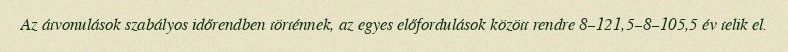
Az átvonulások szabályos időrendben történnek, az egyes előfordulások között rendre 8–121,5–8–105,5 év telik el.